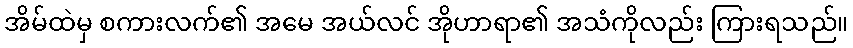
အိမ်ထဲမှ စကားလက်၏ အမေ အယ်လင် အိုဟာရာ၏ အသံကိုလည်း ကြားရသည်။